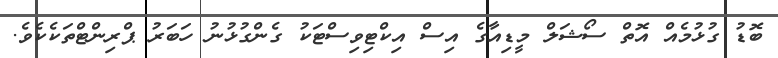
ބޮޑު ގުޅުމެއް އޮތް ސޯޝަލް މީޑިއާގެ އިސް އިކްޓިވިސްޓަކު ގެންގުޅުނު ހަބަރު ޕްރިންޓްތަކެކެވެ.